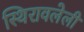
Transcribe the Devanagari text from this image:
स्थिरावलेली